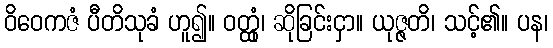
ဝိဝေကဇံ ပီတိသုခံ ဟူ၍။ ဝတ္ထုံ၊ ဆိုခြင်းငှာ။ ယုဇ္ဇတိ၊ သင့်၏။ ပန၊